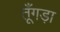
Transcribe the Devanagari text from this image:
तूँगड़ा